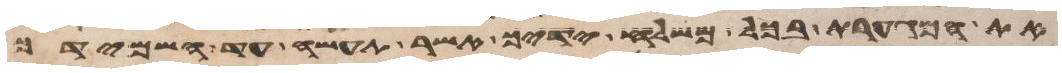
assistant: ואת המגערת בכל משלח ידיך אשר תעשה עד השמידך